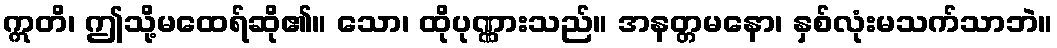
ဣတိ၊ ဤသို့မထေရ်ဆို၏။ သော၊ ထိုပုဏ္ဏားသည်။ အနတ္တမနော၊ နှစ်လုံးမသက်သာဘဲ။